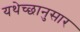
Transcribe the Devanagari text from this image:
यथेच्छानुसार